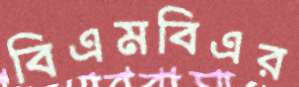
বিএমবিএর